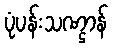
ပုံပန်းသဏ္ဌာန်